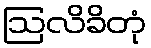
ဩလိခိတုံ